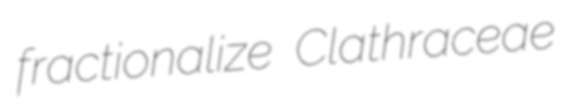
fractionalize Clathraceae